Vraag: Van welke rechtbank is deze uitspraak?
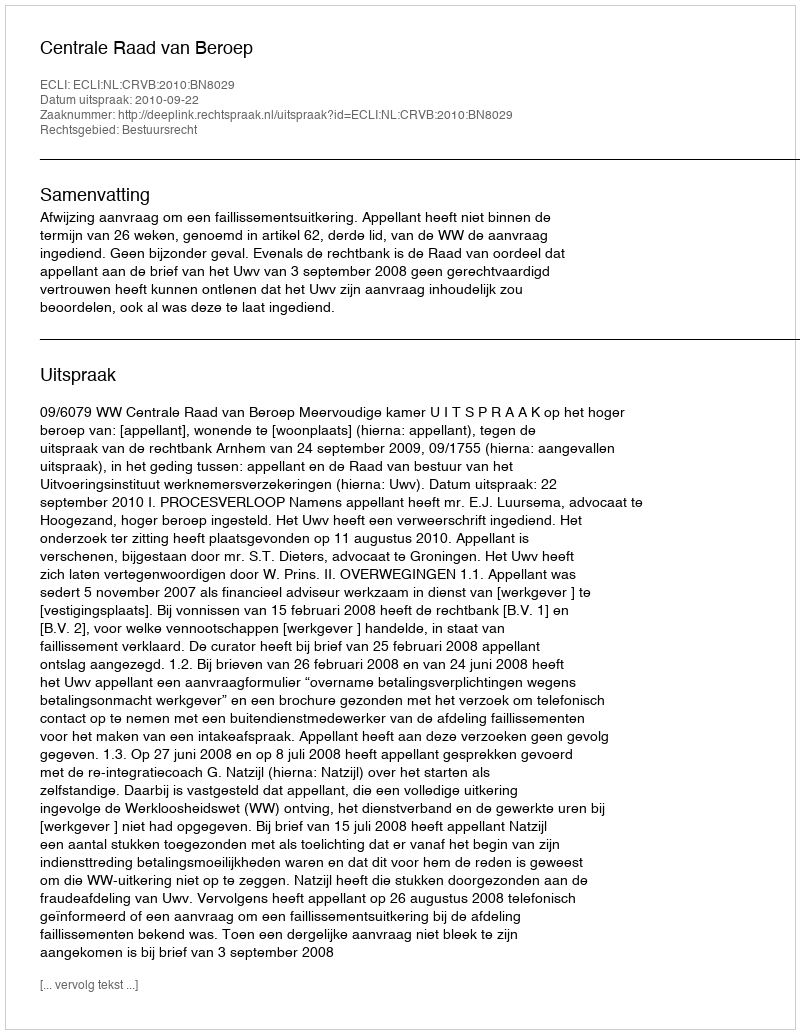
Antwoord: Centrale Raad van Beroep